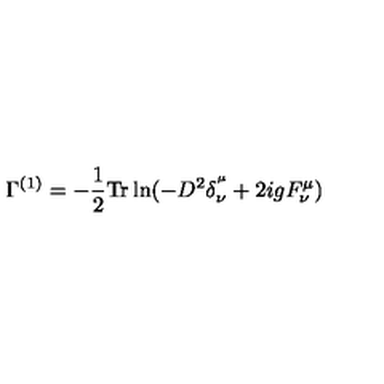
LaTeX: \Gamma ^ { ( 1 ) } = - \frac { 1 } { 2 } \mathrm { T r } \ln ( - D ^ { 2 } \delta _ { \nu } ^ { ^ \mu } + 2 i g F _ { \nu } ^ { \mu } )